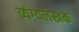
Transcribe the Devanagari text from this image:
व्यंग्यलेखक